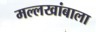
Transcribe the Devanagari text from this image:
मल्लखांबाला